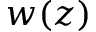
w ( z )